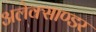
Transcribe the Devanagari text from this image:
अलेक्साण्डर